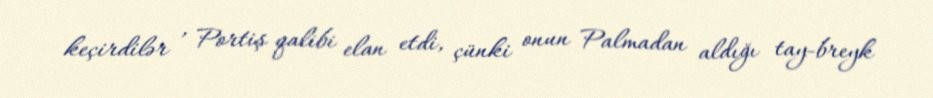
keçirdilər , Portiş qalibi elan etdi, çünki onun Palmadan aldığı tay-breyk